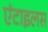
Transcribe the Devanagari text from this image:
एंटाइलस